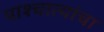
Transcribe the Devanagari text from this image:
पाश्चात्यांचा